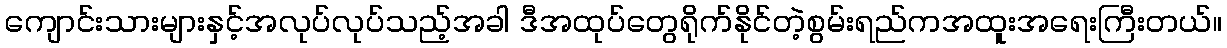
ကျောင်းသားများနှင့်အလုပ်လုပ်သည့်အခါ ဒီအထုပ်တွေရိုက်နိုင်တဲ့စွမ်းရည်ကအထူးအရေးကြီးတယ်။